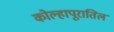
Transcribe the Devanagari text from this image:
कोल्हापूरातिल